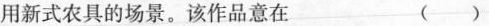
用新式农具的场景。该作品意在 ()